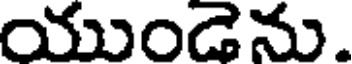
యుండెను.